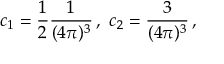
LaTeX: c _ { 1 } = \frac { 1 } { 2 } \frac { 1 } { ( 4 \pi ) ^ { 3 } } \, , \, \, c _ { 2 } = \frac { 3 } { ( 4 \pi ) ^ { 3 } } \, ,